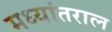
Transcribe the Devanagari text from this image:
मध्यांतराल